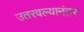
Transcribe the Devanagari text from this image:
उतरवल्यानंतर